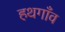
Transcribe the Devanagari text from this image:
हथगाँव